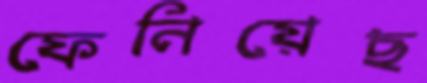
ফেনিয়েছ